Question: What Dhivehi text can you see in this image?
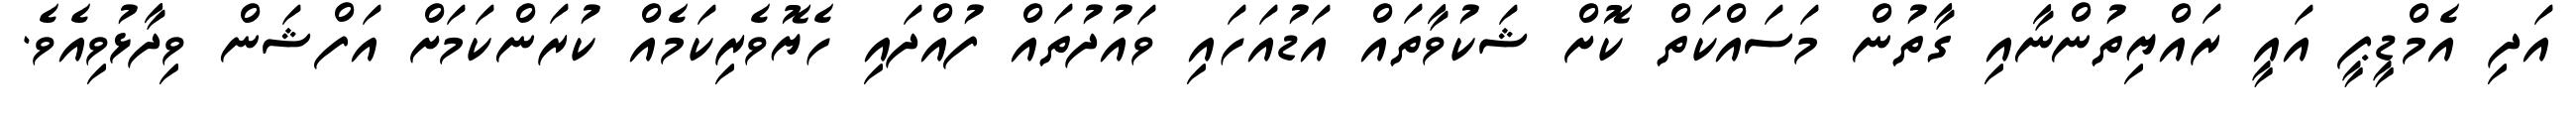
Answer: އަދި އެމްޑީޕީ އައީ ރައްޔިތުންނާއި ގާތުން މަސައްކަތް ކޮށް ޝަކުވާތައް އަޑުއަހައި ވައުދުތައް ފުއްދައި ހެޔޮވެރިކަމެއް ކުރަންކަމަށް އަފްޝަން ވިދާޅުވިއެވެ.